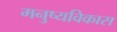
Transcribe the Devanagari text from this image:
मनुष्यविकास